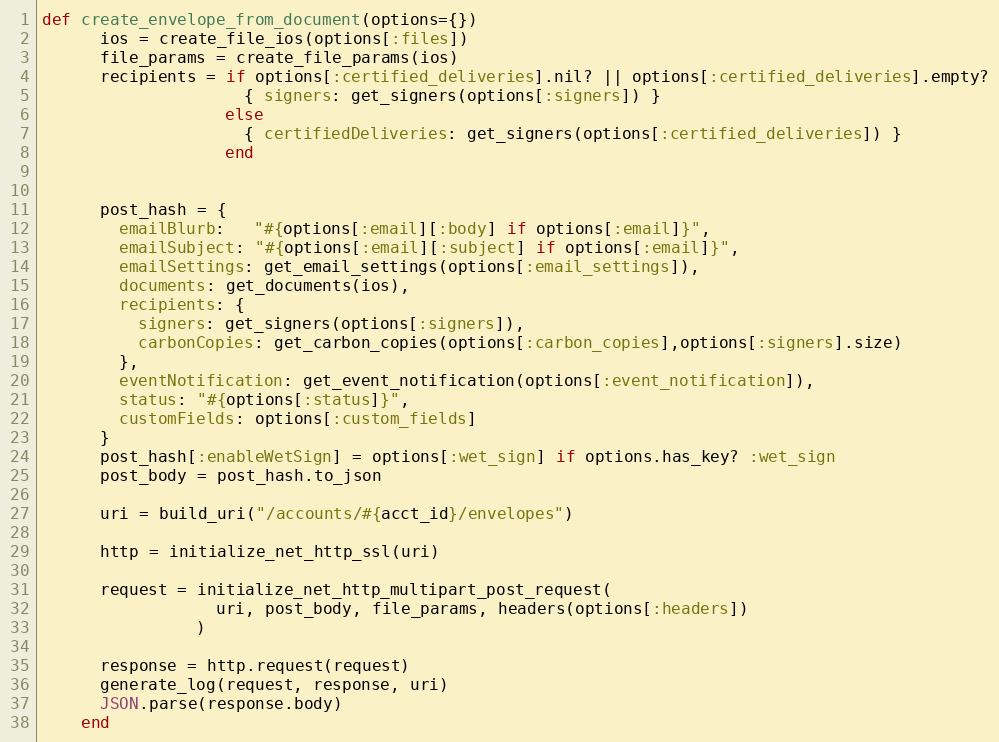
Language: Ruby
def create_envelope_from_document(options={})
      ios = create_file_ios(options[:files])
      file_params = create_file_params(ios)
      recipients = if options[:certified_deliveries].nil? || options[:certified_deliveries].empty?
                     { signers: get_signers(options[:signers]) }
                   else
                     { certifiedDeliveries: get_signers(options[:certified_deliveries]) }
                   end

      post_hash = {
        emailBlurb:   "#{options[:email][:body] if options[:email]}",
        emailSubject: "#{options[:email][:subject] if options[:email]}",
        emailSettings: get_email_settings(options[:email_settings]),
        documents: get_documents(ios),
        recipients: {
          signers: get_signers(options[:signers]),
          carbonCopies: get_carbon_copies(options[:carbon_copies],options[:signers].size)
        },
        eventNotification: get_event_notification(options[:event_notification]),
        status: "#{options[:status]}",
        customFields: options[:custom_fields]
      }
      post_hash[:enableWetSign] = options[:wet_sign] if options.has_key? :wet_sign
      post_body = post_hash.to_json

      uri = build_uri("/accounts/#{acct_id}/envelopes")

      http = initialize_net_http_ssl(uri)

      request = initialize_net_http_multipart_post_request(
                  uri, post_body, file_params, headers(options[:headers])
                )

      response = http.request(request)
      generate_log(request, response, uri)
      JSON.parse(response.body)
    end